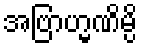
အဗြာဟ္မဏိမ္ပိ